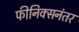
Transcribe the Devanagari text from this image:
फीनिक्सनंतर